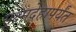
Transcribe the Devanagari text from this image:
सूक्ष्मदेहापर्यंत